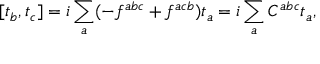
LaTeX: [ t _ { b } , t _ { c } ] = i \sum _ { a } ( - f ^ { a b c } + f ^ { a c b } ) t _ { a } = i \sum _ { a } C ^ { a b c } t _ { a } ,